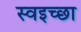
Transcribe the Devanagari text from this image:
स्वइच्छा